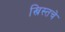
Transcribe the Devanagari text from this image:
ख्रिस्तचे